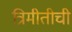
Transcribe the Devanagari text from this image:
त्रिमीतीची